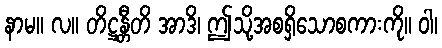
နာမ။ လ။ တိဋ္ဌန္တီတိ အာဒိ၊ ဤသို့အစရှိသောစကားကို။ ဝါ၊